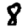
Digit: 8